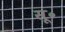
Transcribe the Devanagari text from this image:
सू॰